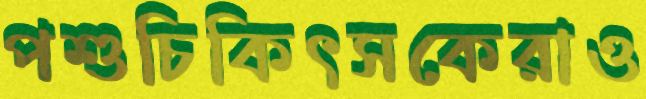
পশুচিকিৎসকেরাও